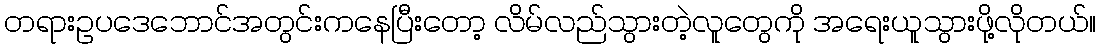
တရားဥပဒေဘောင်အတွင်းကနေပြီးတော့ လိမ်လည်သွားတဲ့လူတွေကို အရေးယူသွားဖို့လိုတယ်။